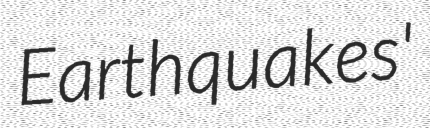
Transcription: Earthquakes'